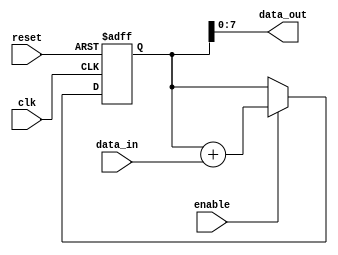
module cascaded_accumulator (
    input wire clk,
    input wire reset,
    input wire enable,
    input wire [7:0] data_in,
    output wire [7:0] data_out
);

reg [15:0] accumulator;

always @(posedge clk or posedge reset) begin
    if (reset) begin
        accumulator <= 16'h0000;
    end else if (enable) begin
        accumulator <= accumulator + {8'b0, data_in}; // add incoming data to accumulator
    end
end

assign data_out = accumulator[7:0];

endmodule